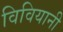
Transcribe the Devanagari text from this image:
विवियानी